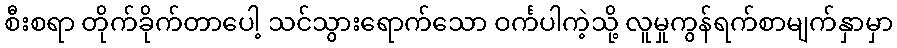
စီးစရာ တိုက်ခိုက်တာပေါ့ သင်သွားရောက်သော ဝင်္ကပါကဲ့သို့ လူမှုကွန်ရက်စာမျက်နှာမှာ